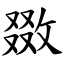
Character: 敪